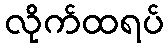
လိုက်ထရပ်